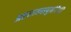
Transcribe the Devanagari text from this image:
अष्टमानसपुत्रांपैकी